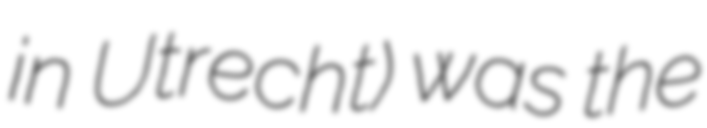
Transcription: in Utrecht) was the